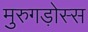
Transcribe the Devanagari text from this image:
मुरुगड़ोस्स